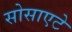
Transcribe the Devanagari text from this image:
सोसाएटे